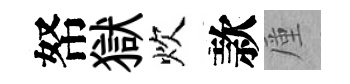
帑獄炊款厪